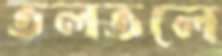
তলতলে